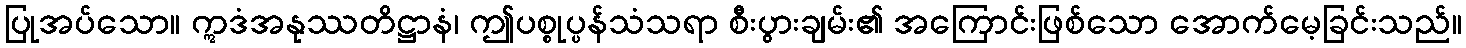
ပြုအပ်သော။ ဣဒံအနုဿတိဋ္ဌာနံ၊ ဤပစ္စုပ္ပန်သံသရာ စီးပွားချမ်း၏ အကြောင်းဖြစ်သော အောက်မေ့ခြင်းသည်။